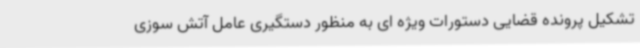
تشکیل پرونده قضایی دستورات ویژه ای به منظور دستگیری عامل آتش سوزی